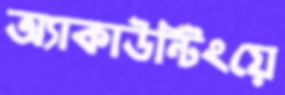
অ্যাকাউন্টিংয়ে